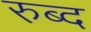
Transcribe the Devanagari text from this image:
रुब्द